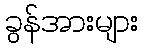
ခွန်အားများ